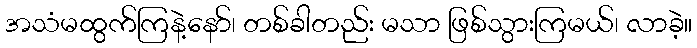
အသံမထွက်ကြနဲ့နော်၊ တစ်ခါတည်း မသာ ဖြစ်သွားကြမယ်၊ လာခဲ့။